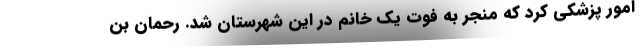
امور پزشکی کرد که منجر به فوت یک خانم در این شهرستان شد. رحمان بن